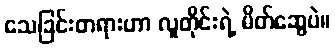
သေခြင်းတရားဟာ လူတိုင်းရဲ့ မိတ်ဆွေပဲ။